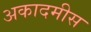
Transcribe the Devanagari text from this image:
अकादमीस